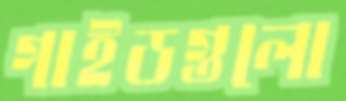
গাইডগুলো